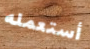
أستعمله